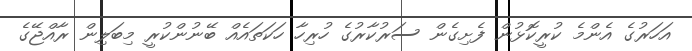
އަހަރުގެ އެންމެ ކުރީކޮޅުން ފެށިގެން ސަރުކާރުގެ ހުރިހާ ހަކަތައެއް ބޭނުންކުރީ މިބަލިން ރާއްޖޭގެ